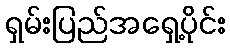
ရှမ်းပြည်အရှေ့ပိုင်း